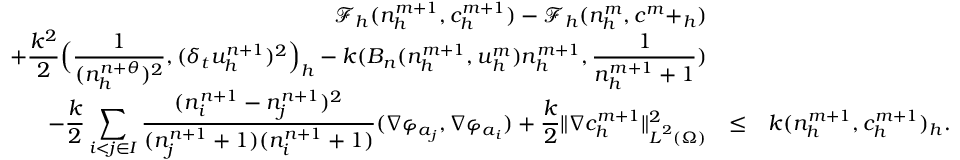
\begin{array} { r c l } { \displaystyle \mathcal { F } _ { h } ( n _ { h } ^ { m + 1 } , c _ { h } ^ { m + 1 } ) - \mathcal { F } _ { h } ( n _ { h } ^ { m } , c ^ { m } + _ { h } ) } & & \\ { \displaystyle + \frac { k ^ { 2 } } { 2 } \Big ( \frac { 1 } { ( n _ { h } ^ { n + \theta } ) ^ { 2 } } , ( \delta _ { t } u _ { h } ^ { n + 1 } ) ^ { 2 } \Big ) _ { h } - k ( B _ { n } ( n _ { h } ^ { m + 1 } , { \boldsymbol u } _ { h } ^ { m } ) n _ { h } ^ { m + 1 } , \frac { 1 } { n _ { h } ^ { m + 1 } + 1 } ) } & & \\ { \displaystyle - \frac { k } { 2 } \sum _ { i < j \in I } \frac { ( n _ { i } ^ { n + 1 } - n _ { j } ^ { n + 1 } ) ^ { 2 } } { ( n _ { j } ^ { n + 1 } + 1 ) ( n _ { i } ^ { n + 1 } + 1 ) } ( \nabla \varphi _ { { \boldsymbol a } _ { j } } , \nabla \varphi _ { { \boldsymbol a } _ { i } } ) + \frac { k } { 2 } \| \nabla c _ { h } ^ { m + 1 } \| _ { { \boldsymbol L } ^ { 2 } ( \Omega ) } ^ { 2 } } & { \le } & { k ( n _ { h } ^ { m + 1 } , c _ { h } ^ { m + 1 } ) _ { h } . } \end{array}